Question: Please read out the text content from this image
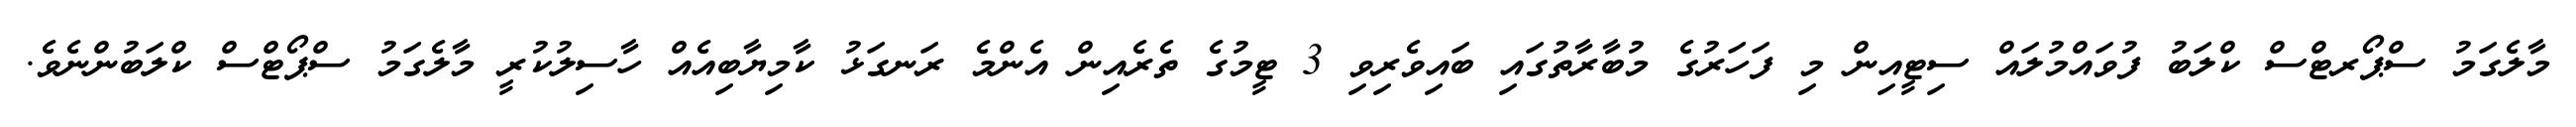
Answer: މާލެގަމު ސްޕޯރޓްސް ކްލަބު ފުވައްމުލައް ސިޓީއިން މި ފަހަރުގެ މުބާރާތުގައި ބައިވެރިވި 3 ޓީމުގެ ތެރެއިން އެންމެ ރަނގަޅު ކާމިޔާބިއެއް ހާސިލުކުރީ މާލެގަމު ސްޕޯޓްސް ކްލަބުންނެވެ.